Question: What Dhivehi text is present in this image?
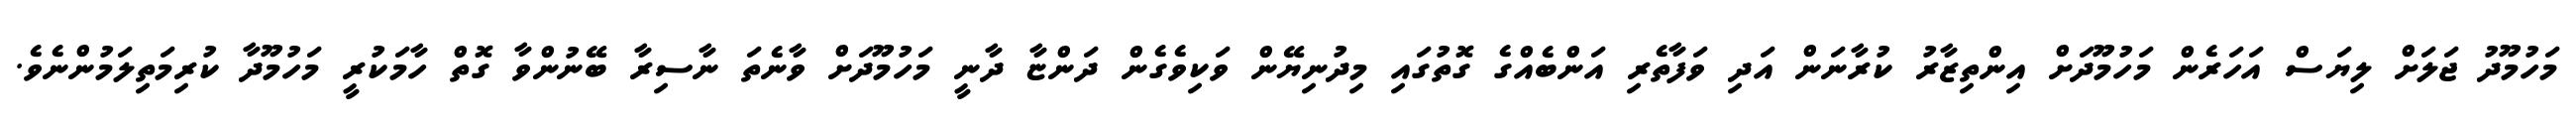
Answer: މަހުމޫދު ޖަލަށް ލިޔަސް އަހަރެން މަހުމޫދަށް އިންތިޒާރު ކުރާނަން އަދި ވަފާތެރި އަންބެއްގެ ގޮތުގައި މިދުނިޔޭން ވަކިވެގެން ދަންޏާ ދާނީ މަހުމޫދަށް ވާނެތަ ނާސިރާ ބޭނުންވާ ގޮތް ހާމަކުރީ މަހުމޫދާ ކުރިމަތިލަމުންނެވެ.